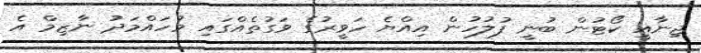
ޖިނާއީ ކޯޓުން ބުނީ ފުލުހުން އިއްޔެ ހަވީރުގެ ވަގުތެއްގައި މުހައްމަދު ނާޒިމް އެ